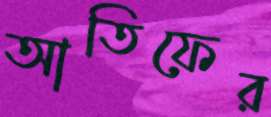
আতিফের